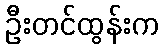
ဦးတင်ထွန်းက